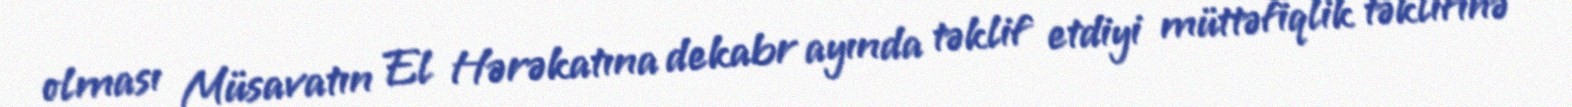
olması Müsavatın El Hərəkatına dekabr ayında təklif etdiyi müttəfiqlik təklifinə